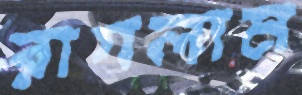
রাগলাম